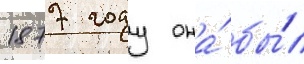
1877 году она́ бы́л